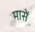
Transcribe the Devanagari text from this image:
मासें